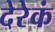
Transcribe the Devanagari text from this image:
देरेकं